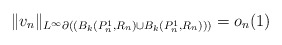
\begin{align*}\|v_n\|_{L^\infty{\partial(\left(B_k(P_n^1,R_n) \cup B_k(P_n^1,R_n)\right))}} = o_n(1)\end{align*}